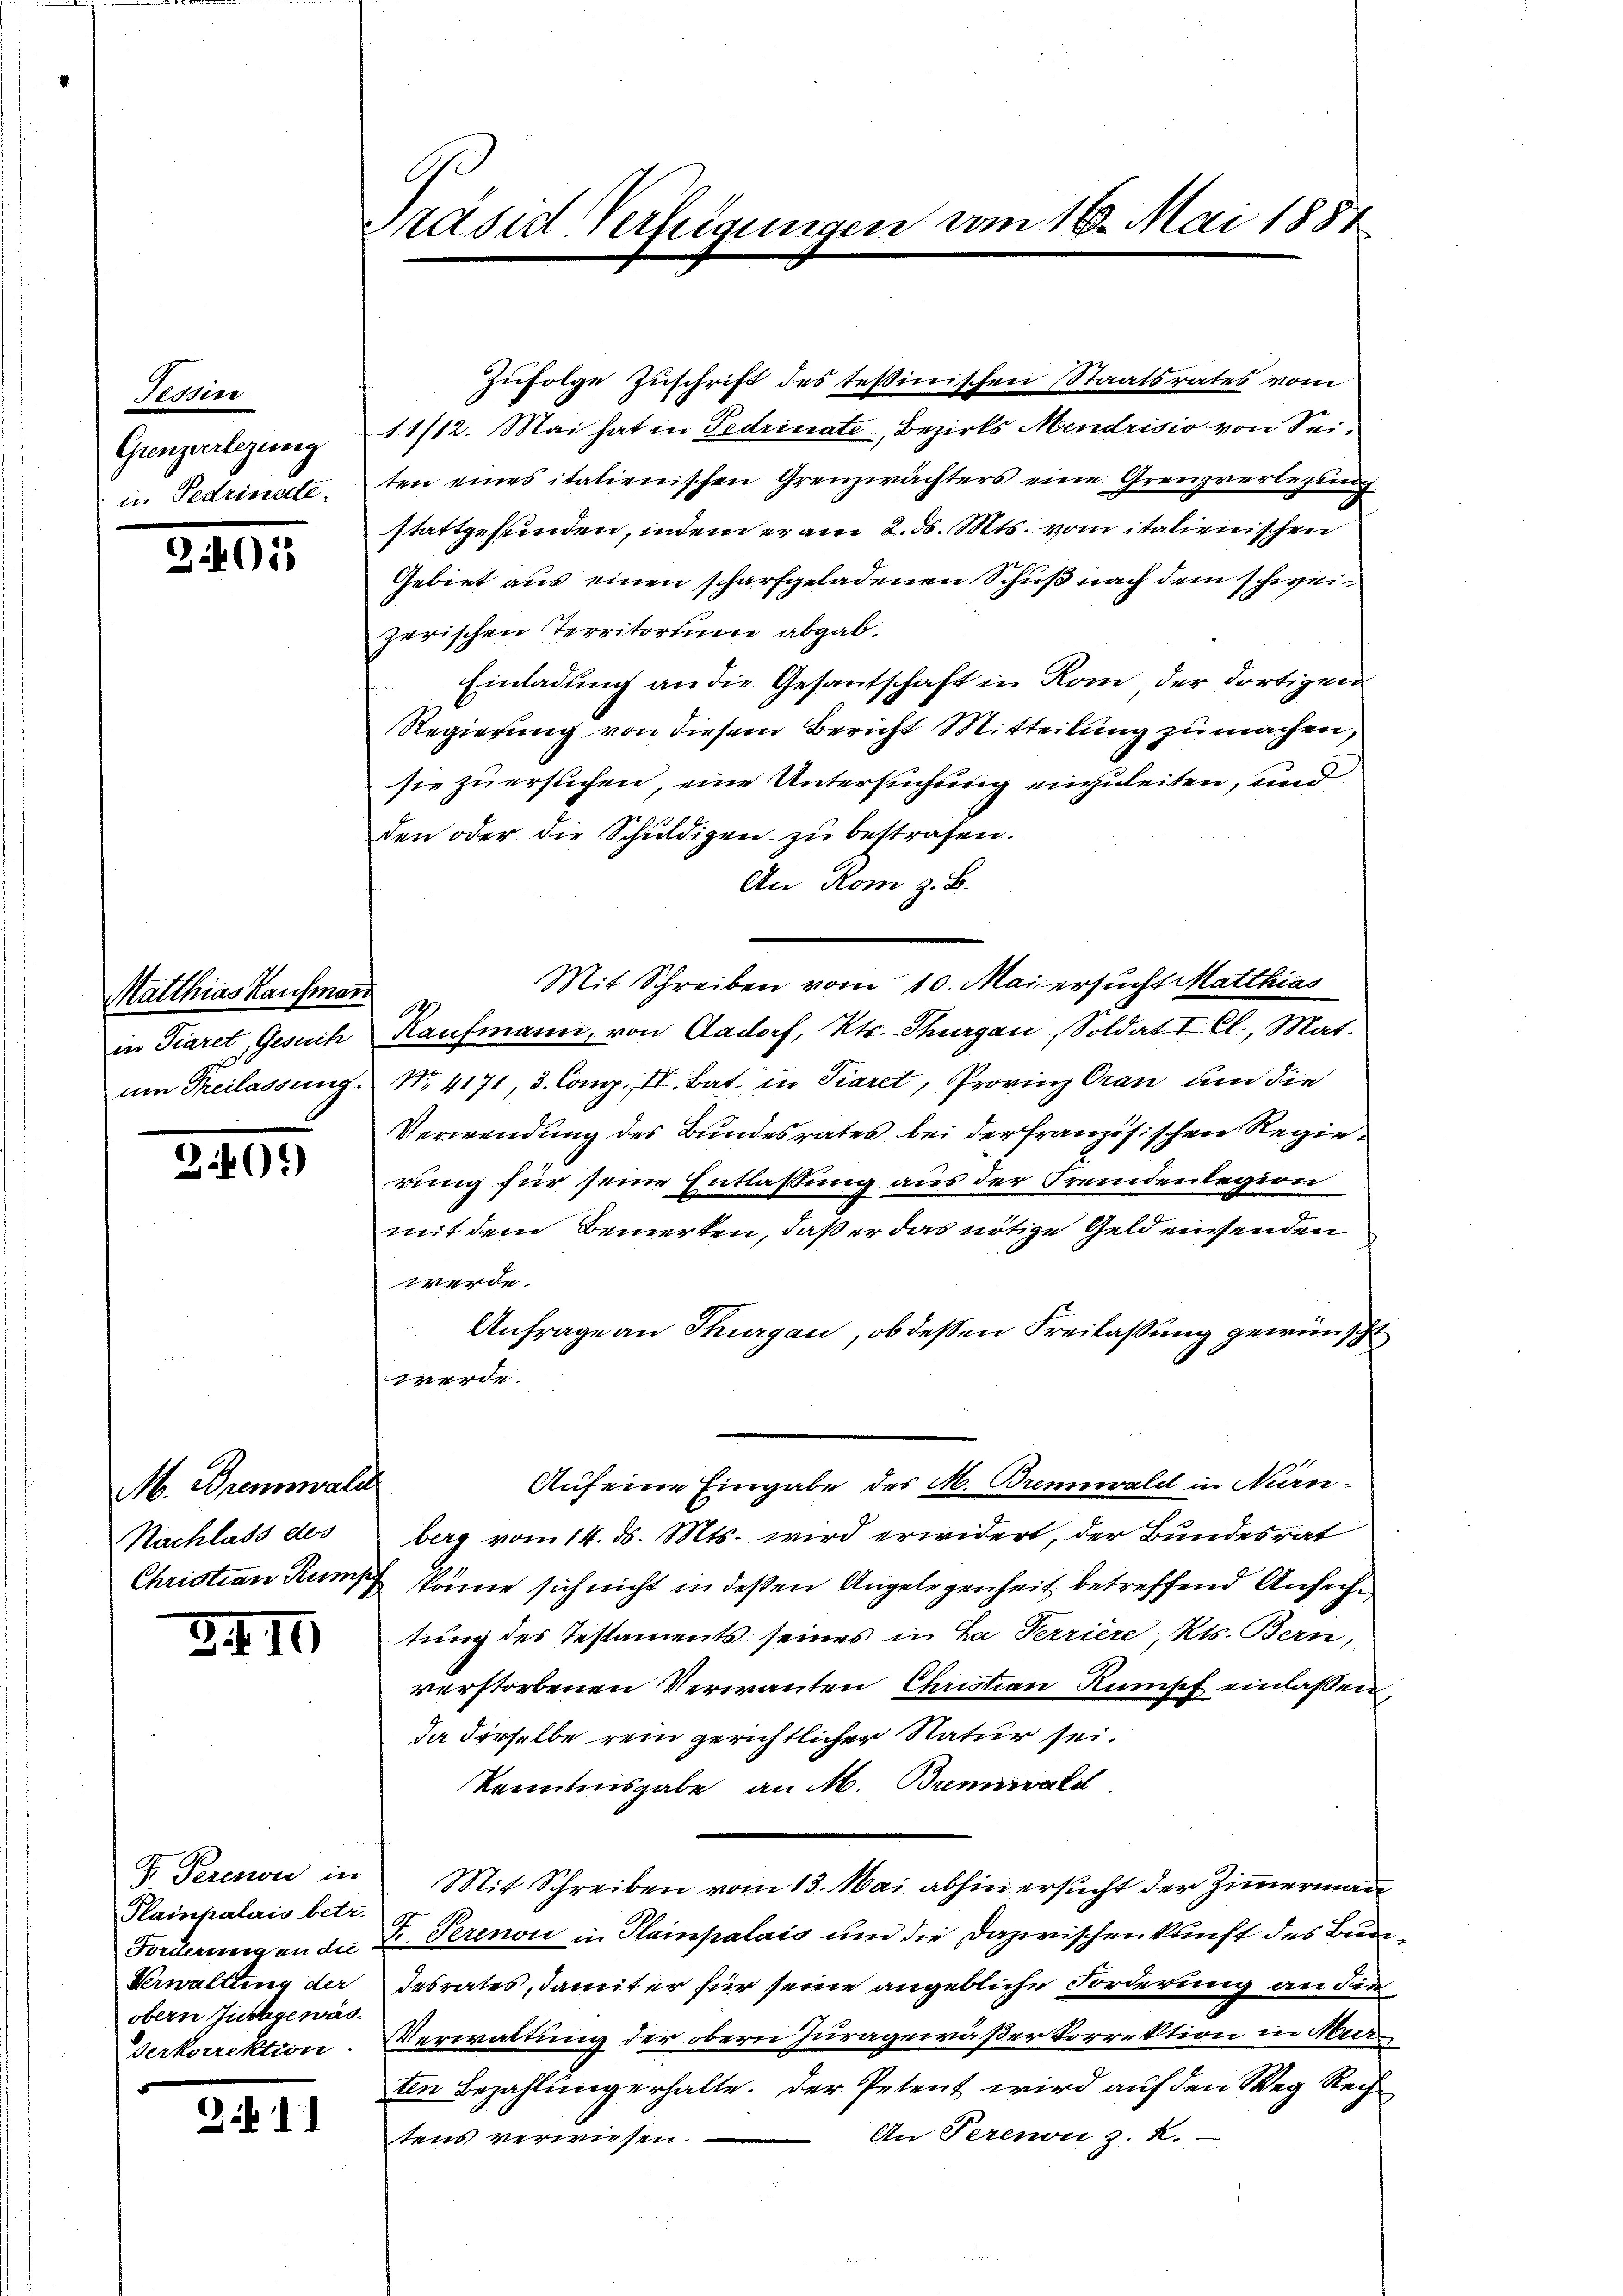
Tessin.
Ganzerlegung
in Pedrinnte.

3.405

Matthias Kaufman

2495

M. Brennald
Nachlass des

34 II

Plainpalais betr.
obern Zusage was

Zif. 1

präsid Verfügungen vom 16. Mai 1881

Zufolge Zuschrift des testinischen Staatsrates vom
11/12. Mai hat in Pedrinate, Bezirks Mendrisio von Seiten eines italienischen Grenzwächters eine Grenzverlegung
stattgefunden, indem er am 2. d. Mts. vom italienischen
Gebiet aus einen scharfgeladenen Schuß nach dem schweizerischen Territorium abgab.
Einladung an die Gesantschaft in Rom, der dortigen
Regierung von diesem Bericht Mitteilung zu machen,
sie zu ersuchen, eine Untersuchung einzuleiten, und
den oder die Schuldigen zu bestrafen.
An Rom z. B.
Mit Schreiben vom 10. Mai ersucht Matthias
07
in Fiaret, Gesuch Kaufmann, von Aadorf, Kts. Thurgau, Soldat I Cl., Mat
um Freilassung No. 4171, 3. Comp. II. Bat. in Tieret, Provinz Cran um die
Verwendung des Bundesrates bei der französischen Regierung für seine Entlassung aus der Fremdenlegion
mit dem Bemerken, daß er das nötige Geld einsenden
werde.
Anfrage an Thurgau, ob dessen Freilassung gewünscht
werde.
Aufeine Eingabe des M. Brennwald in Nan-
berg vom 14. d. Mts. wird erwidert, der Bundesrat
Christian Rumpen könne sich nicht in deßen Angelegenheit betreffend Ansuche
tung des Testaments seines in Za Ferriere, Kts. Bern,
verstorbenen Verwanten Christian Rumisch einlaßen,
Ja dieselbe rein gerichtlicher Natur sei.
Kenntnisgabe an M. Brennwald
V. Perenon in Mit Schreiben vom 13. Mai abhin ersucht der Zimmerman
Forderung an die Fr. Perinon in Plainpalais und die Dazwischenkunft des Buda¬
Verwaltung der desrates, damit er für seine angebliche Forderung an die
derkorrektion. Verwaltung der obern Juragewäßer Korrektion in Murten Bezahlung erhalte. Der Petent wird auf den Weg Rech¬
An Perenonz. R.
tens verwiesen.